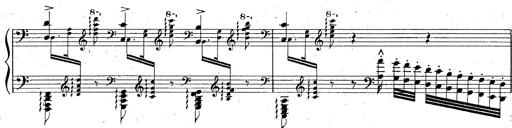
Title: God Save the Queen
Composer: Charles LÃ©on Hess
Key: A major